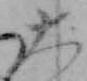
大